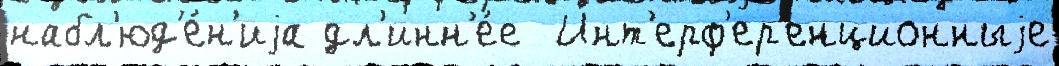
набл'юд'е́н'иjа дл'инн'е́е  Инт'ерф'ер'енционныjе